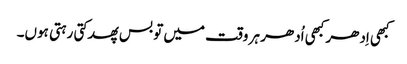
کبھی اِدھر کبھی اُدھر ہر وقت میں تو بس پھدکتی رہتی ہوں۔